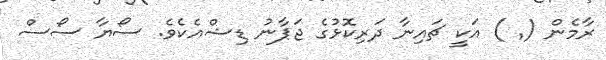
ރާމެން (